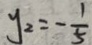
y _ { 2 } = - \frac { 1 } { 5 }